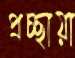
প্রচ্ছায়া